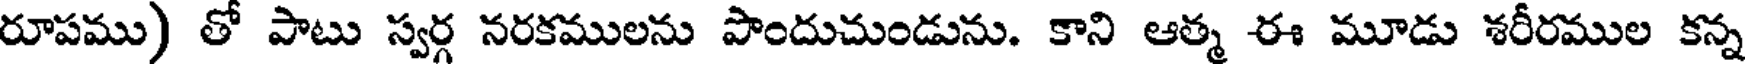
రూపము) తో పాటు స్వర్గ నరకములను పొందుచుండును. కాని ఆత్మ ఈ మూడు శరీరముల కన్న